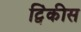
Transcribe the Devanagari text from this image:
ट्विंकीस